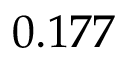
0 . 1 7 7